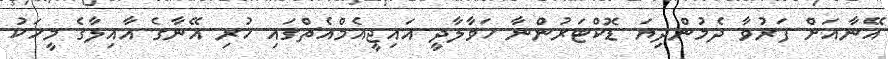
އޭނާއަށް ފަރުވާ ދެމުންދިޔަ ޑޮކްޓަރުންނާ ހަވާލާދީ އައިޖީއެމްއެޗްގައި ހުރި އޭނާގެ އާއިލާގެ މީހަކު